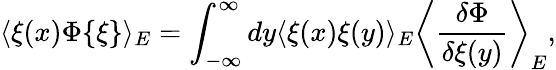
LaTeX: \langle\xi(x)\Phi\{ \xi\} \rangle_{E}=\int_{-\infty}^{\infty}dy\langle\xi(x)\xi(y)\rangle_{E}\left\langle\frac{\delta\Phi}{\delta\xi(y)}\right\rangle_{E},